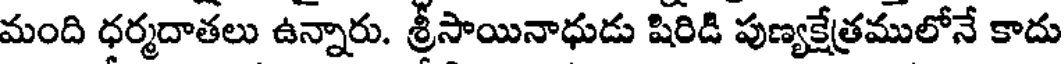
మంది ధర్మదాతలు ఉన్నారు. శ్రీసాయినాధుడు షిరిడి పుణ్యక్షేత్రములోనే కాదు